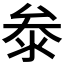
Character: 𭆞